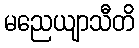
မညေယျာသီတိ